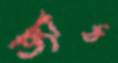
জ্যাঠ